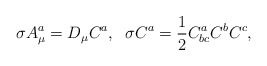
\begin{align*}\sigma A^a_\mu = D_{\mu} C^a,\;\; \sigma C^a ={\frac{1}{2}} C^a_{bc} C^b C^c,\end{align*}